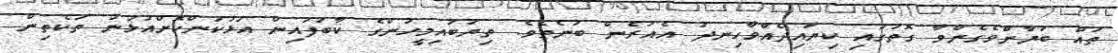
ތައް ބަޔާންވެގެންވާ ގޮތުގައި ކިޔައިދެއްވާހިނދު އެއުރެން ބުނެތެވެ. ތިޔަބައިމީހުންގެ ކާބަފައިން އަޅުކަންކޮށްއުޅުނު ތަކެތިން